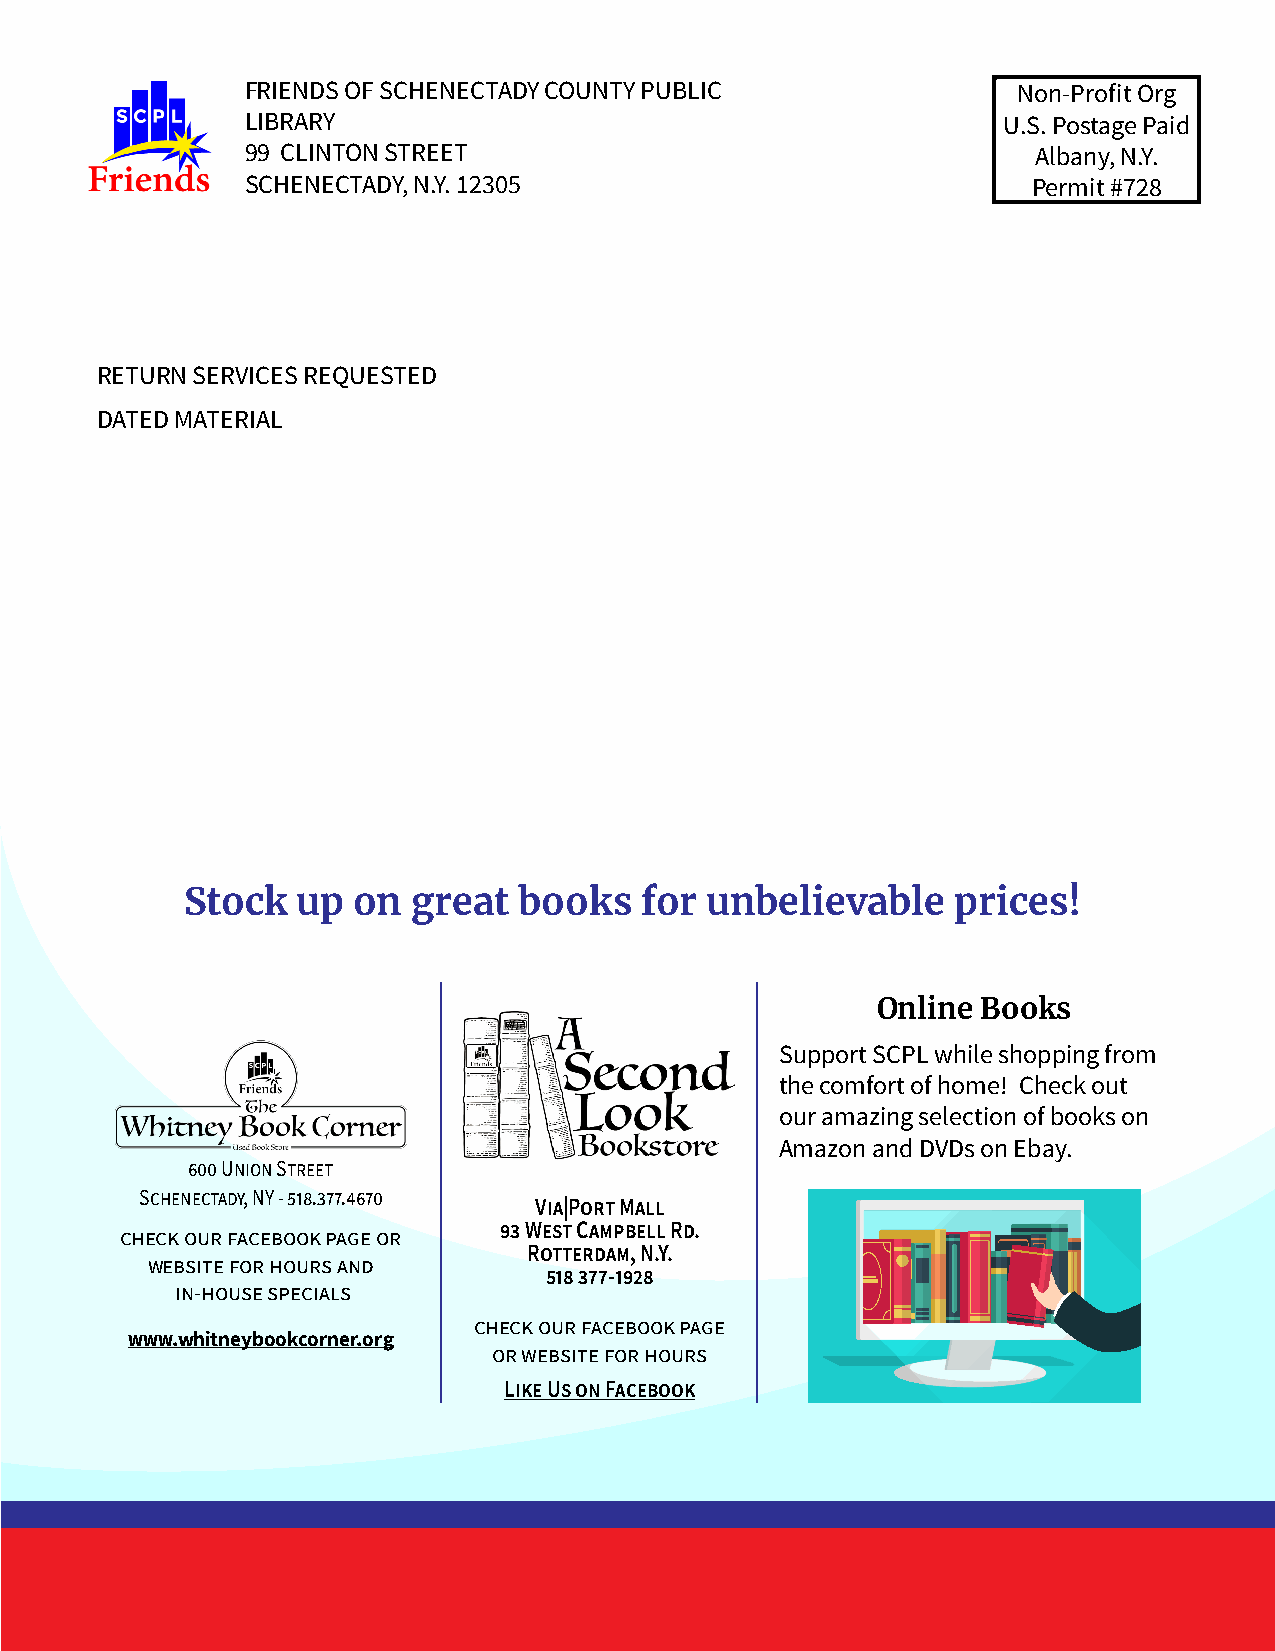
FRIENDS OF SCHENECTADY COUNTY PUBLIC               Non-Profit Org
 LIBRARY                                           U.S. Postage Paid
 99 CLINTON STREET                                    Albany, N.Y.
 SCHENECTADY, N.Y. 12305                             Permit #728
 RETURN SERVICES REQUESTED
 DATED MATERIAL
 Stock   up on  great  books   for  unbelievable    prices!
 Online Books
 Support SCPL while shopping from
 the comfort of home! Check out
 our amazing selection of books on
 Amazon and DVDs on Ebay.
 600 Union Street
 Schenectady, NY - 518.377.4670
 Via|Port Mall
 93 West Campbell Rd.
 check our facebook page or
 Rotterdam, N.Y.
 website for hours and
 518 377-1928
 in-house specials
 check our facebook page
 www.whitneybookcorner.org
 or website for hours
 Like Us on Facebook